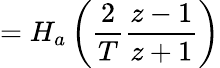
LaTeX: =H_{a}\left({\frac{2}{T}}{\frac{z-1}{z+1}}\right)